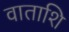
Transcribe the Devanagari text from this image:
वाताशि